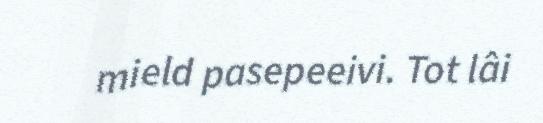
mield pasepeeivi. Tot lâi